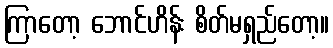
ကြာတော့ ဘောင်ဟိန်း စိတ်မရှည်တော့။